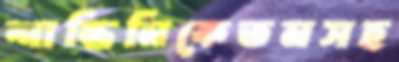
শান্তিনিকেতনসহ